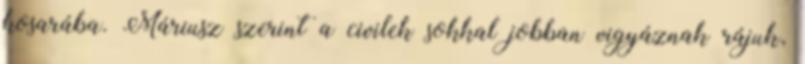
kosarába. Máriusz szerint a civilek sokkal jobban vigyáznak rájuk,